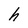
Character: h